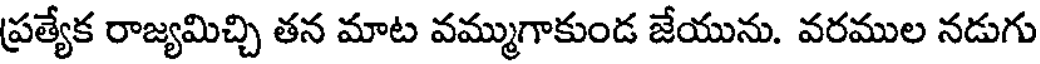
ప్రత్యేక రాజ్యమిచ్చి తన మాట వమ్ముగాకుండ జేయును. వరముల నడుగు